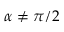
\alpha \neq \pi / 2